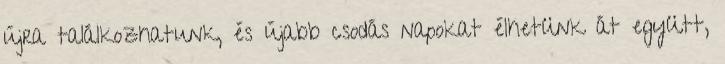
újra találkozhatunk, és újabb csodás napokat élhetünk át együtt,